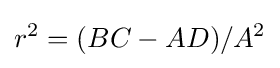
r^{2}=(BC-AD)/A^{2}